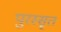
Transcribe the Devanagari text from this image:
पुरस्सृत